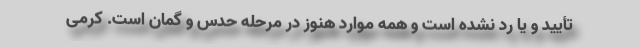
تأیید و یا رد نشده است و همه موارد هنوز در مرحله حدس و گمان است. کرمی